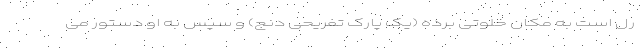
رل است به مکان خلوتی برده (یک پارک تفریحی دنج) و سپس به او دستور می